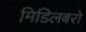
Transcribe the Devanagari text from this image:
मिडिलबरो